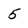
Character: 5